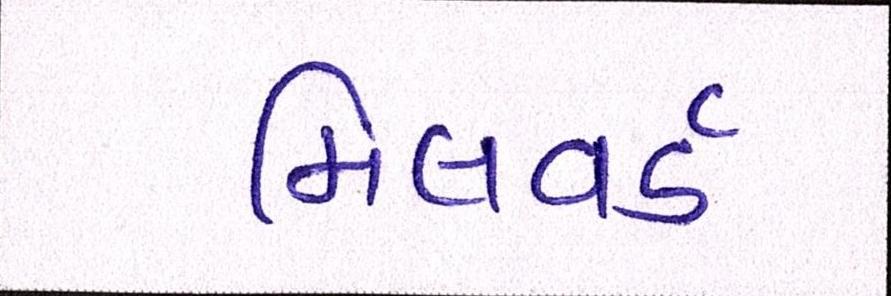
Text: મિલવર્ડ